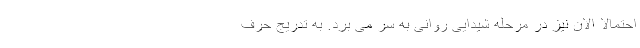
احتمالا الان نیز در مرحله شیدایی روانی به سر می برد. به تدریج حرف